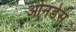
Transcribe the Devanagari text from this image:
ओनडेस